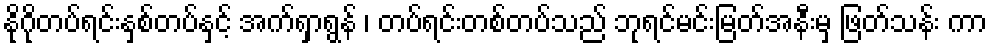
နိုဂိုတပ်ရင်းနှစ်တပ်နှင့် အက်ရှာရွန် ၊ တပ်ရင်းတစ်တပ်သည် ဘုရင်မင်းမြတ်အနီးမှ ဖြတ်သန်း ကာ